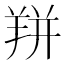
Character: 𰭙